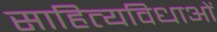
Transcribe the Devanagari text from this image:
साहित्यविधाओं